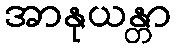
အာနုယန္တာ